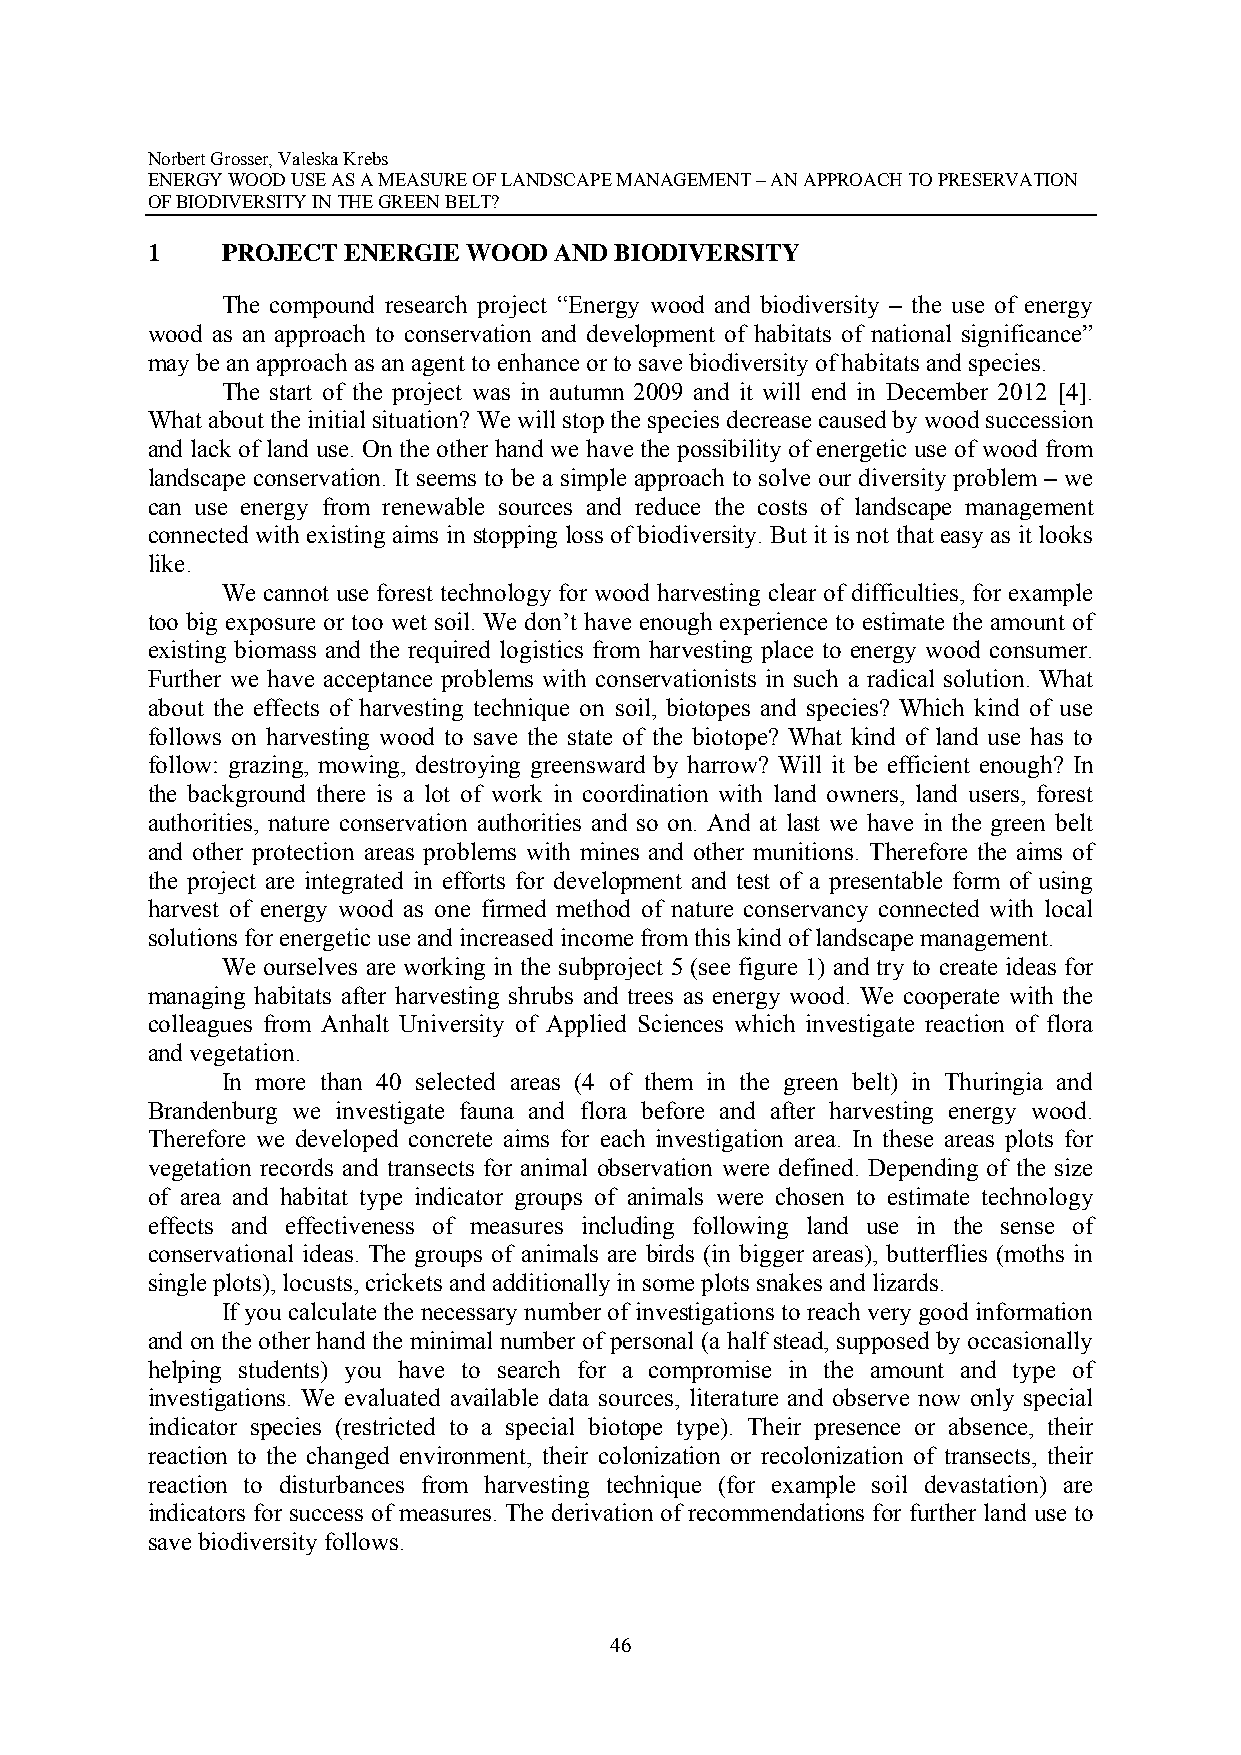
Norbert Grosser, Valeska Krebs
 ENERGY WOOD USE AS A MEASURE OF LANDSCAPE MANAGEMENT – AN APPROACH TO PRESERVATION
 OF BIODIVERSITY IN THE GREEN BELT?
 1    PROJECT ENERGIE WOOD  AND BIODIVERSITY
 The compound research project “Energy wood and biodiversity – the use of energy
 wood as an approach to conservation and development of habitats of national significance”
 may be an approach as an agent to enhance or to save biodiversity of habitats and species.
 The start of the project was in autumn 2009 and it will end in December 2012 [4].
 What about the initial situation? We will stop the species decrease caused by wood succession
 and lack of land use. On the other hand we have the possibility of energetic use of wood from
 landscape conservation. It seems to be a simple approach to solve our diversity problem – we
 can use energy from renewable sources and reduce the costs of landscape management
 connected with existing aims in stopping loss of biodiversity. But it is not that easy as it looks
 like.
 We cannot use forest technology for wood harvesting clear of difficulties, for example
 too big exposure or too wet soil. We don’t have enough experience to estimate the amount of
 existing biomass and the required logistics from harvesting place to energy wood consumer.
 Further we have acceptance problems with conservationists in such a radical solution. What
 about the effects of harvesting technique on soil, biotopes and species? Which kind of use
 follows on harvesting wood to save the state of the biotope? What kind of land use has to
 follow: grazing, mowing, destroying greensward by harrow? Will it be efficient enough? In
 the background there is a lot of work in coordination with land owners, land users, forest
 authorities, nature conservation authorities and so on. And at last we have in the green belt
 and other protection areas problems with mines and other munitions. Therefore the aims of
 the project are integrated in efforts for development and test of a presentable form of using
 harvest of energy wood as one firmed method of nature conservancy connected with local
 solutions for energetic use and increased income from this kind of landscape management.
 We ourselves are working in the subproject 5 (see figure 1) and try to create ideas for
 managing habitats after harvesting shrubs and trees as energy wood. We cooperate with the
 colleagues from Anhalt University of Applied Sciences which investigate reaction of flora
 and vegetation.
 In more than 40 selected areas (4 of them in the green belt) in Thuringia and
 Brandenburg we investigate fauna and flora before and after harvesting energy wood.
 Therefore we developed concrete aims for each investigation area. In these areas plots for
 vegetation records and transects for animal observation were defined. Depending of the size
 of area and habitat type indicator groups of animals were chosen to estimate technology
 effects and effectiveness of measures including following land use in the sense of
 conservational ideas. The groups of animals are birds (in bigger areas), butterflies (moths in
 single plots), locusts, crickets and additionally in some plots snakes and lizards.
 If you calculate the necessary number of investigations to reach very good information
 and on the other hand the minimal number of personal (a half stead, supposed by occasionally
 helping students) you have to search for a compromise in the amount and type of
 investigations. We evaluated available data sources, literature and observe now only special
 indicator species (restricted to a special biotope type). Their presence or absence, their
 reaction to the changed environment, their colonization or recolonization of transects, their
 reaction to disturbances from harvesting technique (for example soil devastation) are
 indicators for success of measures. The derivation of recommendations for further land use to
 save biodiversity follows.
 46